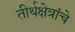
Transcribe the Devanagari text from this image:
तीर्थक्षेत्रांचे